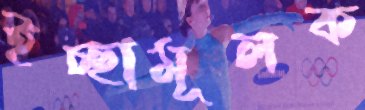
ইচ্ছামূলক